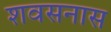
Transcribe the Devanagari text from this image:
शवसनास